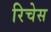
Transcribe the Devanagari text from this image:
रिचेस